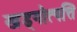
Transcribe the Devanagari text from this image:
खड्गोत्पत्ति